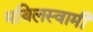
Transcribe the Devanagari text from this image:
मयिलस्वामी